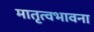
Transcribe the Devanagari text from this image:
मातृत्वभावना